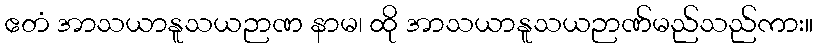
ဧတံ အာသယာနူသယဉာဏ နာမ၊ ထို အာသယာနူသယဉာဏ်မည်သည်ကား။